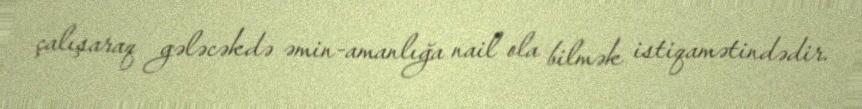
çalışaraq gələcəkdə əmin-amanlığa nail ola bilmək istiqamətindədir.